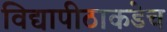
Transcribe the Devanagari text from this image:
विद्यापीठाकडेच